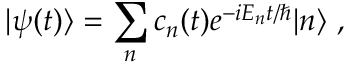
| \psi ( t ) \rangle = \sum _ { n } c _ { n } ( t ) e ^ { - i E _ { n } t / \hbar } | n \rangle ~ ,